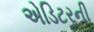
એડિટરની